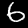
Digit: 6